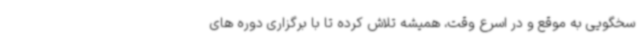
سخگویی به موقع و در اسرع وقت، همیشه تلاش کرده تا با برگزاری دوره های